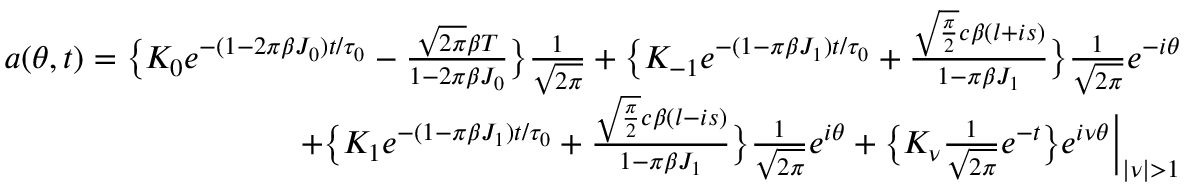
\begin{array} { r } { a ( \theta , t ) = \big \{ K _ { 0 } e ^ { - ( 1 - 2 \pi \beta J _ { 0 } ) t / \tau _ { 0 } } - \frac { \sqrt { 2 \pi } \beta T } { 1 - 2 \pi \beta J _ { 0 } } \big \} \frac { 1 } { \sqrt { 2 \pi } } + \big \{ K _ { \mathrm { - } 1 } e ^ { - ( 1 - \pi \beta J _ { 1 } ) t / \tau _ { 0 } } + \frac { \sqrt { \frac { \pi } { 2 } } c \beta ( l + i s ) } { 1 - \pi \beta J _ { 1 } } \big \} \frac { 1 } { \sqrt { 2 \pi } } e ^ { - i \theta } } \\ { + \big \{ K _ { 1 } e ^ { - ( 1 - \pi \beta J _ { 1 } ) t / \tau _ { 0 } } + \frac { \sqrt { \frac { \pi } { 2 } } c \beta ( l - i s ) } { 1 - \pi \beta J _ { 1 } } \big \} \frac { 1 } { \sqrt { 2 \pi } } e ^ { i \theta } + \big \{ K _ { \nu } \frac { 1 } { \sqrt { 2 \pi } } e ^ { - t } \big \} e ^ { i \nu \theta } \Big \lvert _ { \lvert \nu \rvert > 1 } } \end{array}